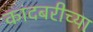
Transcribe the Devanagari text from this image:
कांदबरीच्या